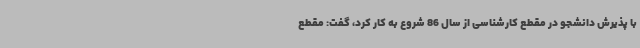
با پذیرش دانشجو در مقطع کارشناسی از سال 86 شروع به کار کرد، گفت: مقطع